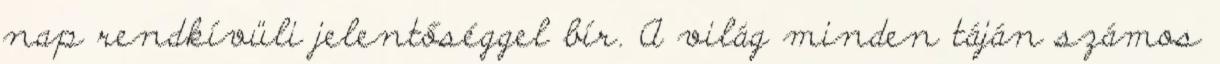
nap rendkívüli jelentőséggel bír. A világ minden táján számos